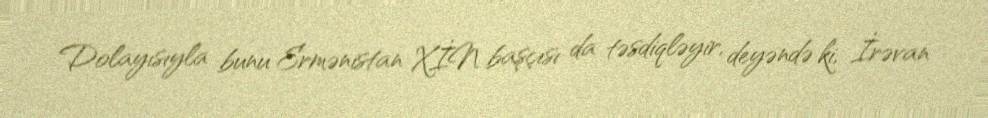
Dolayısıyla bunu Ermənistan XİN başçısı da təsdiqləyir, deyəndə ki, İrəvan